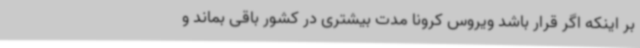
بر اینکه اگر قرار باشد ویروس کرونا مدت بیشتری در کشور باقی بماند و